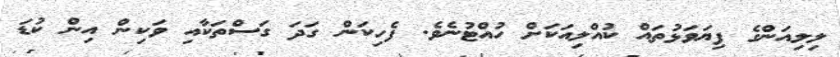
ލިލިއަންގެ ފިޔަވަޅުތައް ކުއްލިއަކަށް ހުއްޓުނެވެ. ފެހިކަން ގަދަ ގަސްތަކާއި ވަކިން އިން ކުޑަ